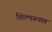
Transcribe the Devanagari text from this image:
शिल्परूपात